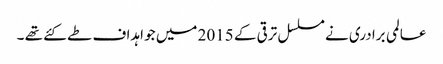
عالمی برادری نے مسلسل ترقی کے 2015 میں جو اہداف طے کئے تھے ۔